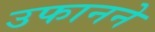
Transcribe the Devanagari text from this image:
उफानने